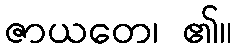
ဇာယတေ၊ ၏။